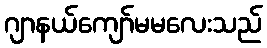
ဂျာနယ်ကျော်မမလေးသည်